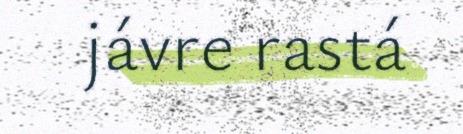
jávre rastá